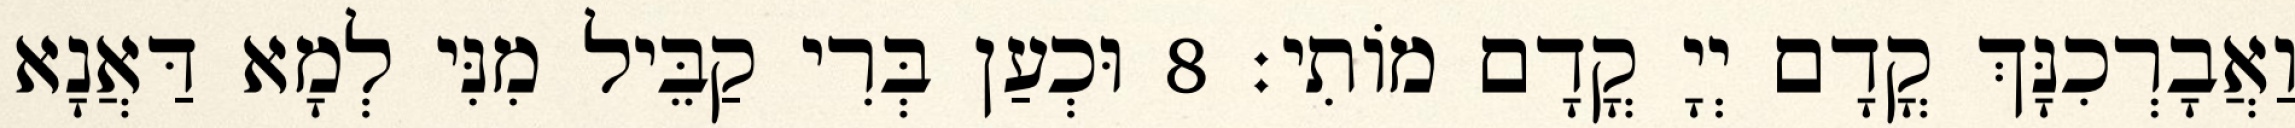
וַאֲבָרְכִנָּךְ קֳדָם יְיָ קֳדָם מוֹתִי׃ 8 וּכְעַן בְּרִי קַבֵּיל מִנִּי לְמָא דַּאֲנָא